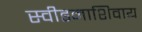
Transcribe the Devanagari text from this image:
स्वीडनाशिवाय